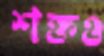
শক্তও